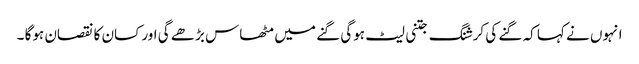
انہوں نے کہا کہ گنے کی کرشنگ جتنی لیٹ ہوگی گنے میں مٹھاس بڑھے گی اور کسان کا نقصان ہوگا ۔